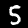
Digit: 5